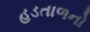
હડતાળનો